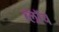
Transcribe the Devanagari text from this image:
ब्लाॅच